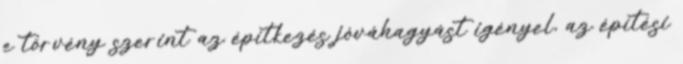
e törvény szerint az építkezés jóváhagyást igényel, az építési